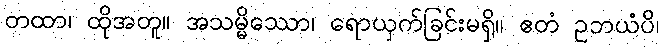
တထာ၊ ထိုအတူ။ အသမ္မိဿော၊ ရောယှက်ခြင်းမရှိ။ ဧတံ ဥဘယံပိ၊